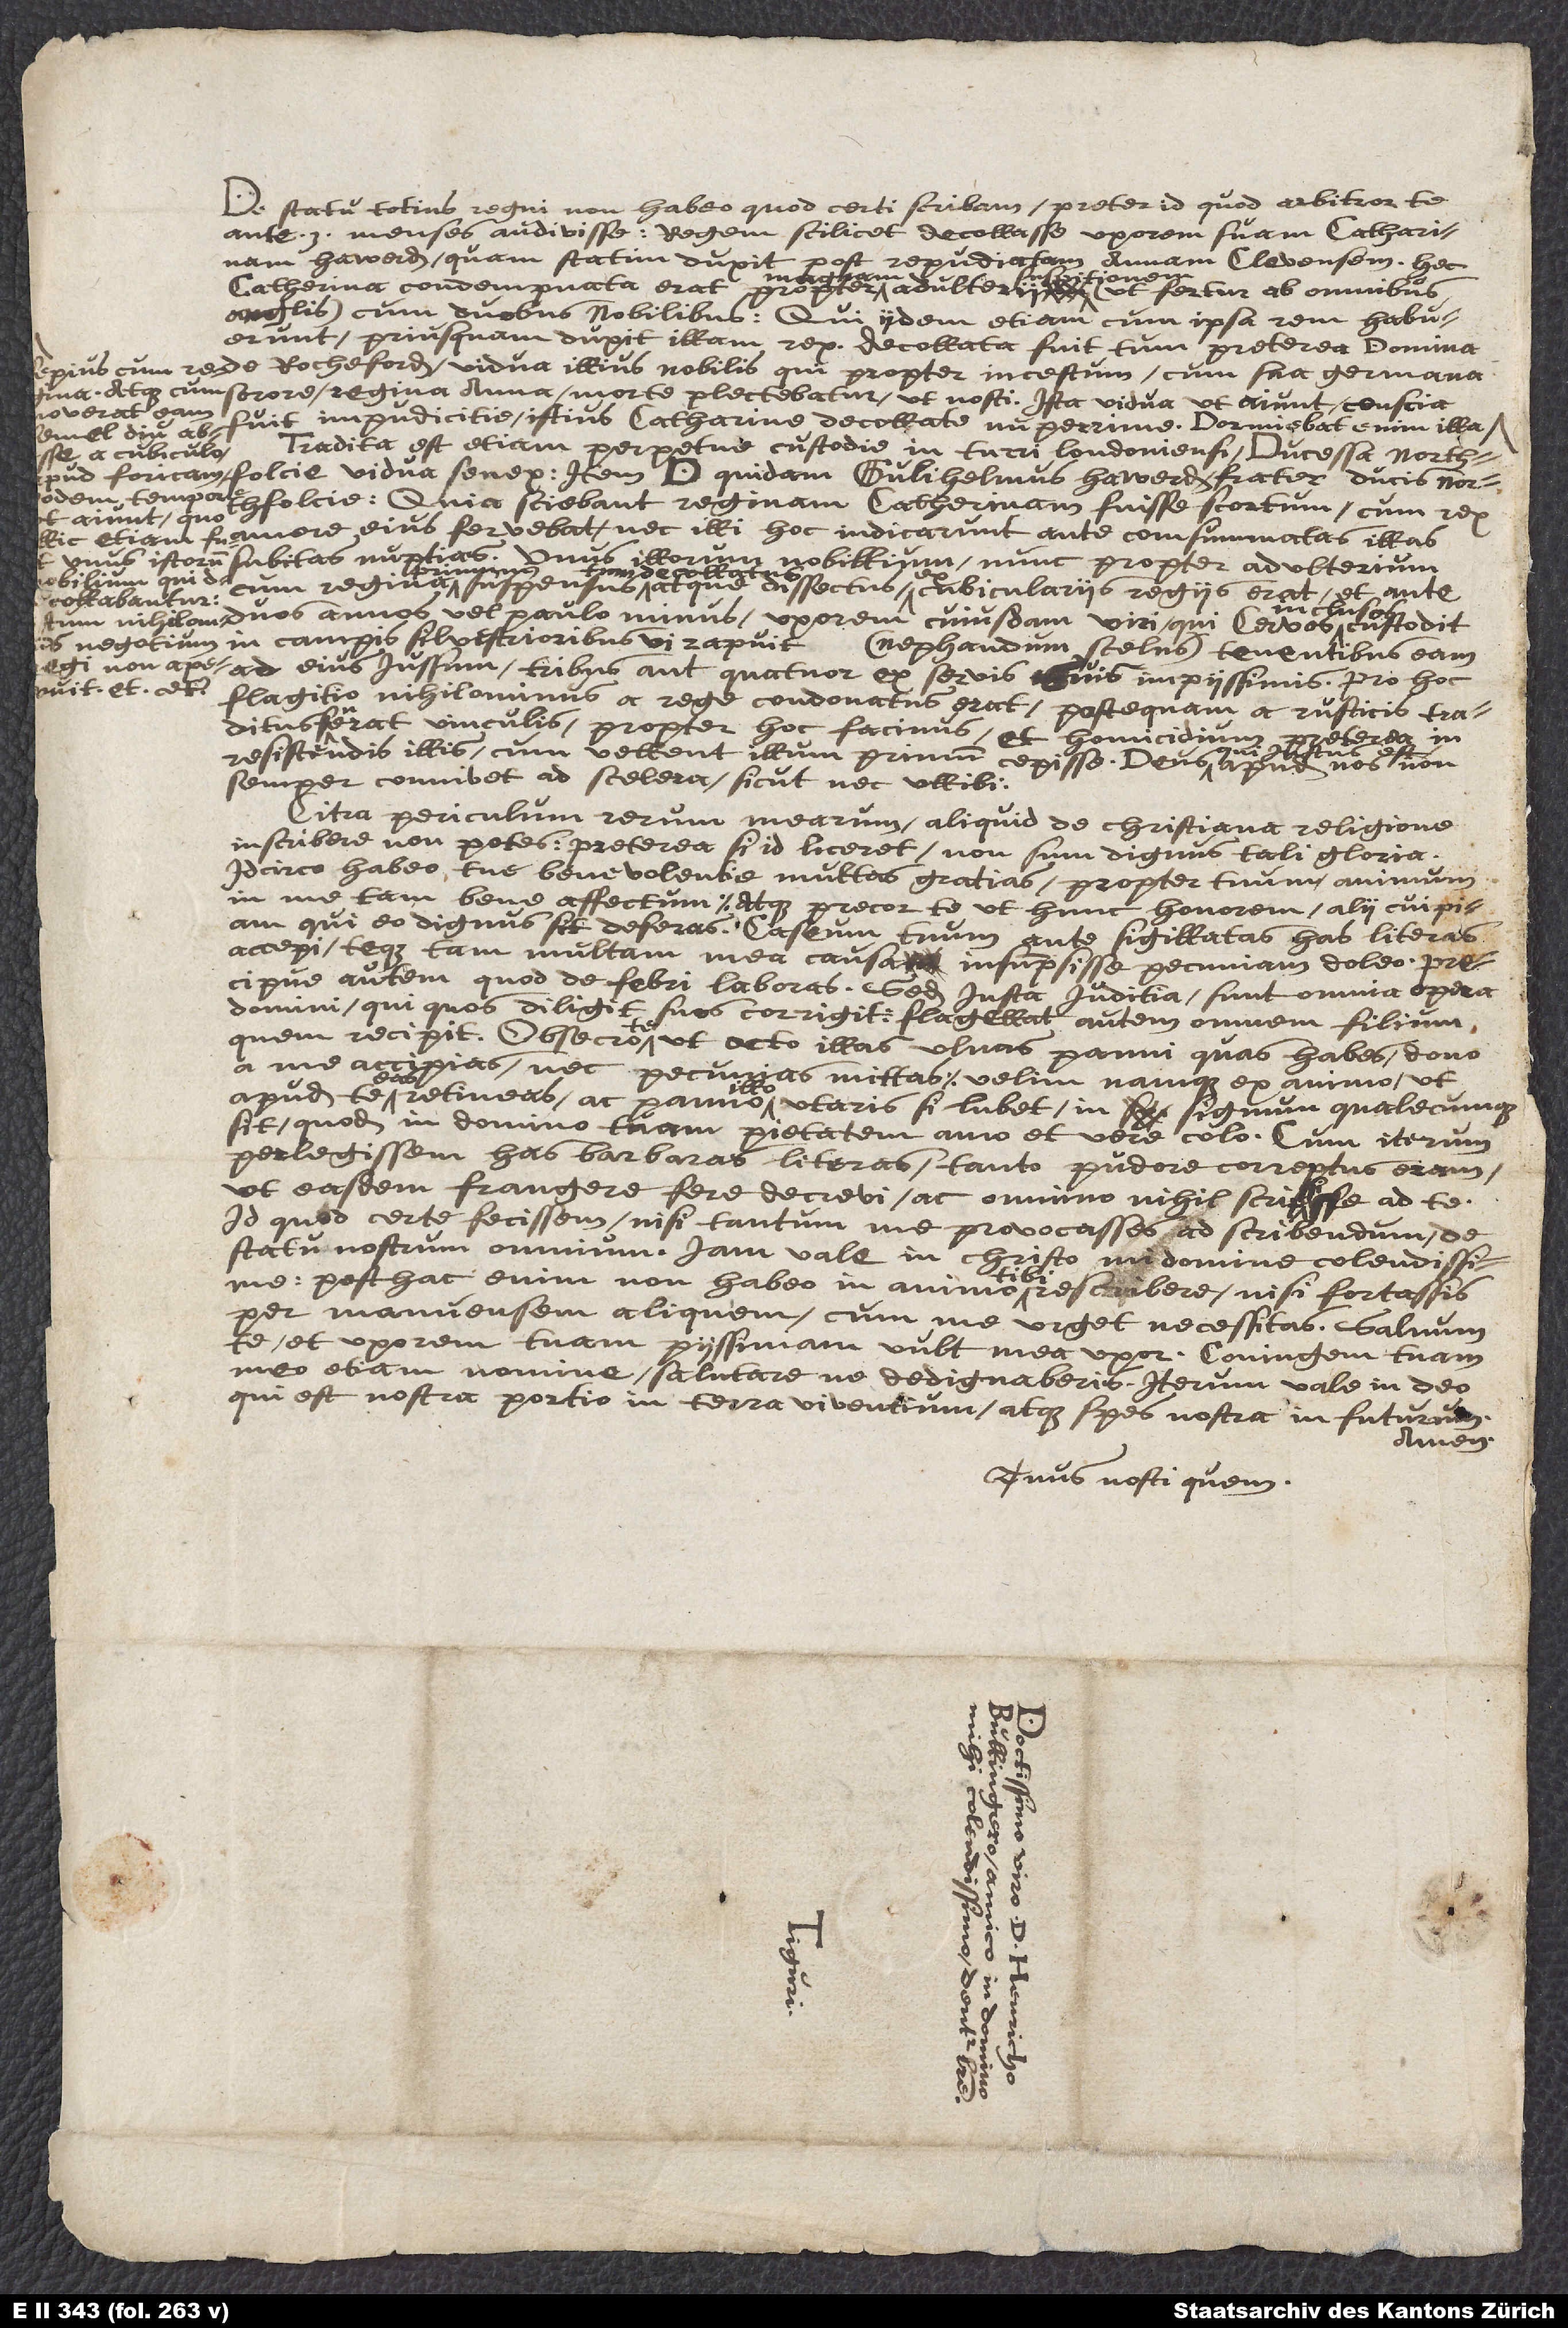
De statu totius regni non habeo quod certi scribam, praeter id quod arbitror te
menses audivisse, regem scilicet decollasse uxorem suam Catharinam
Howard, quam statim duxit post repudiatam Annam Clevensem. Hac
mentionem
Catharina condemnata erat propter magnam adulterii suspicionem (ut fertur ab omnibus
Anglis) cum duobus nobilibus, qui iidem etiam cum ipsa rem habuerunt
priusquam duxit illam rex. Decollata fuit tum praterea domina
sua germana sorore (regina Anna) morte plectebatur, ut nosti. Ista vidua, ut aiunt, conscia
fuit impudicitia istius Catharinae decollatae nuperrime. Dormiebat enim illa
semel diu abesse
Tradita est etiam perpetuae custodiae in Turri Londinensi ducessa Norfolciae,
Norfolciae: quia sciebant reginam Catharinam fuisse scortum, cum rex
ut aiunt, quo
amore ejus fervebat, nec illi hoc indicarunt ante consummatas illas
subitas nuptias. Unus illorum nobilium nunc propter adulterium
decollabantur,
inclusos
duos annos vel paulo minus uxorem cujusdam viri, qui cervos
(nefandum scelus), tenentibus eam
ad ejus jussum tribus aut quatuor ex servis suis impiissimis. Pro hoc
flagitio nihilominus a rege condonatus erat, posteaquam a rusticis traditus
fuerat vinculis propter hoc facinus, et homicidium
resistendis illis, cum vellent illum primum cepisse. Deus, qui
semper connivet ad scelera, sicuti nec ullibi.
Citra periculum rerum mearum aliquid de Christiana religione
inscribere non potes: praeterea, si id liceret, non sum dignus tali gloria.
Idcirco habeo tuae benevolentiae multas gratias propter tuum animum
in me tam bene affectum; atque precor te, ut hunc honorem alii cuipiam,
qui eo dignus sit, deferas. Caseum tuum ante sigillatas has literas
accepi, teque tam multam mea causa insumpsisse pecuniam doleo; praecipue
autem quod de febri laboras. Sed justa judicia sunt omnia opera
Domini, qui quos diligit suos corrigit, flagellat autem omnem filium
quem recipit. Obsecro te, ut octo illas ulnas panni, quas habes, dono
a me accipias, nec pecunias mittas: velim namque ex animo, ut
apud te eas retineas, ac panno illo utaris, si lubet, in signum, qualecunque
sit, quod in Domino tuam pietatem amo et vere colo. Cum iterum
perlegissem has barbaras literas, tanto pudore correptus eram,
ut easdem frangere fere decrevi ac omnino nihil scripsisse ad te:
id quod certe fecissem, nisi tantum me provocasses ad scribendum de
statu nostrum omnium. Jam vale in
Christo, mi domine colendissime:
posthac enim non habeo in animo tibi rescribere, nisi fortassis
per manuensem aliquem, cum me urget necessitas. Salvum
te et uxorem tuam piissimam vult mea uxor. Conjugem tuam
meo etiam nomine salutare ne dedignaberis. Iterum vale in Deo,
qui est nostra portio in terra viventium, atque spes nostra in futurum.
Amen.
Tuus nosti quem,